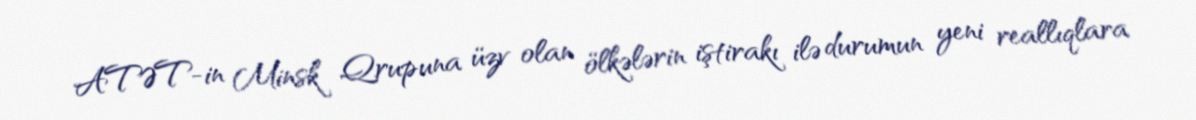
ATƏT-in Minsk Qrupuna üzv olan ölkələrin iştirakı ilə durumun yeni reallıqlara